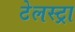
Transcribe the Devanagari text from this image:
टेलस्ट्रा